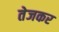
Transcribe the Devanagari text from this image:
तेजकर